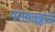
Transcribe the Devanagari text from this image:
परासाइक्लॉजी